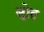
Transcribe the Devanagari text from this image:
सुोत